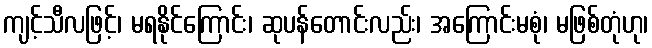
ကျင့်သီလဖြင့်၊ မရနိုင်ကြောင်း၊ ဆုပန်တောင်းလည်း၊ အကြောင်းမစုံ၊ မဖြစ်တုံဟု၊